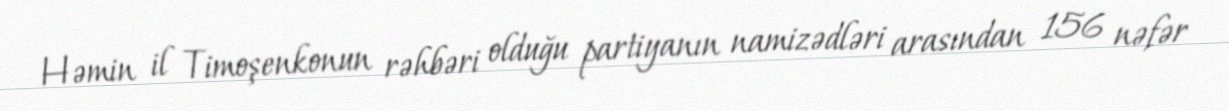
Həmin il Timoşenkonun rəhbəri olduğu partiyanın namizədləri arasından 156 nəfər